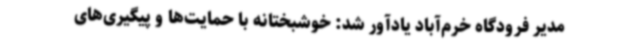
مدیر فرودگاه خرم‌آباد یادآور شد: خوشبختانه با حمایت‌ها و پیگیری‌های